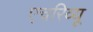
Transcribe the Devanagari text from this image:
एचरिव्यू